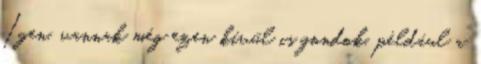
Igen, vannak még ezen kívül is gondok, például a